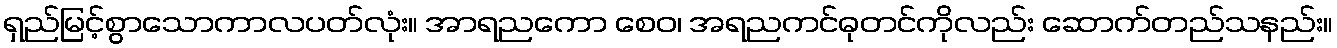
ရှည်မြင့်စွာသောကာလပတ်လုံး။ အာရညကော စေဝ၊ အရညကင်ဓုတင်ကိုလည်း ဆောက်တည်သနည်း။